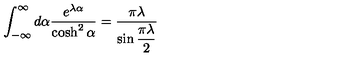
\int _ { - \infty } ^ { \infty } d \alpha \frac { e ^ { \lambda \alpha } } { \cosh ^ { 2 } \alpha } = \frac { \pi \lambda } { \sin \displaystyle \frac { \pi \lambda } { 2 } }